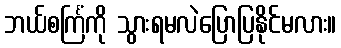
ဘယ်စင်္ကြံကို သွားရမလဲပြောပြနိုင်မလား။